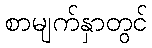
စာမျက်နှာတွင်